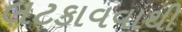
લટકાવવાથી